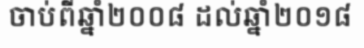
ចាប់ពីឆ្នាំ២០០៨ ដល់ឆ្នាំ២០១៨